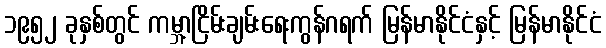
၁၉၅၂ ခုနှစ်တွင် ကမ္ဘာ့ငြိမ်းချမ်းရေးကွန်ဂရက် မြန်မာနိုင်ငံနှင့် မြန်မာနိုင်ငံ